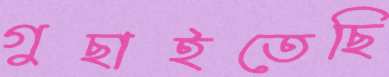
গুছাইতেছি